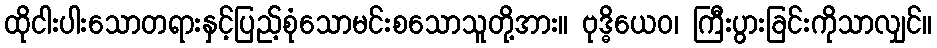
ထိုငါးပါးသောတရားနှင့်ပြည့်စုံသောမင်းစသောသူတို့အား။ ဗုဒ္ဓိယေဝ၊ ကြီးပွားခြင်းကိုသာလျှင်။